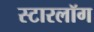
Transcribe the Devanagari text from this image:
स्टारलॉग